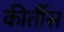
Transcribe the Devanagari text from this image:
कीर्तीस